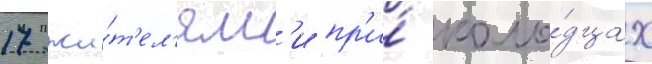
17 жи́т'ел'ям'и пр'и́ коло́дцах